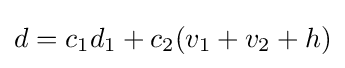
d=c_{1}d_{1}+c_{2}(v_{1}+v_{2}+h)